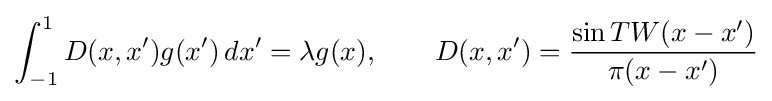
\int _{-1}^{1}D(x,x')g(x')\,dx'=\lambda g(x),\qquad D(x,x')={\frac {\sin TW(x-x')}{\pi (x-x')}}